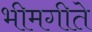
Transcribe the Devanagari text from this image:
भीमगीते